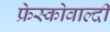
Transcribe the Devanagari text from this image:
फ्रेस्कोवाल्दी